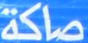
صاكة